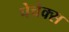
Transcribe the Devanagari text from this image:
पेचेक्स